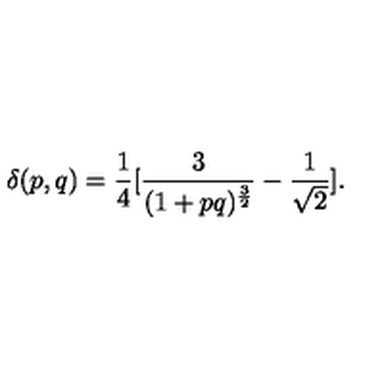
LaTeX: \delta ( p , q ) = { \frac { 1 } { 4 } } [ { \frac { 3 } { ( 1 + p q ) ^ { \frac { 3 } { 2 } } } } - { \frac { 1 } { \sqrt 2 } } ] .